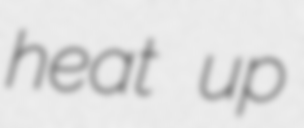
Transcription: heat up